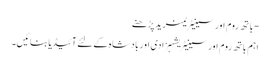
- باتھ روم اور سینیٹریمزید پڑھنے
اہم باتھ روم اور سینیٹریشہزادی اور بادشاہ کے لئے آئیڈیا بنائیں۔